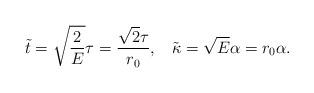
LaTeX: \begin{align*}\tilde{t}=\sqrt{\frac{2}{E}}\tau=\frac{\sqrt{2}\tau}{r_0},\;\;\;\tilde{\kappa}=\sqrt{E}\alpha=r_0\alpha.\end{align*}